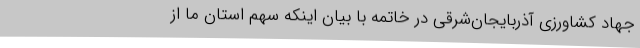
جهاد کشاورزی آذربایجان‌شرقی در خاتمه با بیان اینکه سهم استان ما از